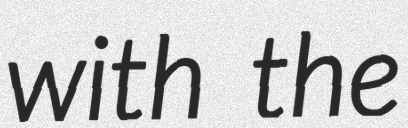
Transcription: with the